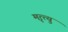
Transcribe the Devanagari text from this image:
मृत्त्यु